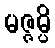
မဇ္ဇမ္ပိ